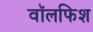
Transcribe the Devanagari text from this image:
वॉलफिश